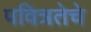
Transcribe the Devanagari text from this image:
पवित्रतेचे